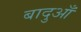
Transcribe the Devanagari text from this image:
बादुआँ